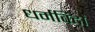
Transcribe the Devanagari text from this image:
धर्मविदों